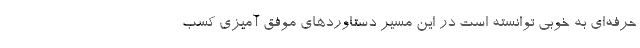
حرفه‌ای به خوبی توانسته است در این مسیر دستاورد‌های موفق آمیزی کسب